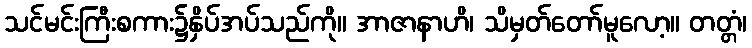
သင်မင်းကြီးစကား၌နှိပ်အပ်သည်ကို။ အာဇာနာဟိ၊ သိမှတ်တော်မူလော့။ တတ္တံ၊